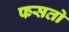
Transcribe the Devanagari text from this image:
फसतो